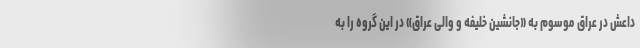
داعش در عراق موسوم به «جانشین خلیفه و والی عراق» در این گروه را به